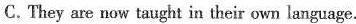
C.They are now taught in their own language.